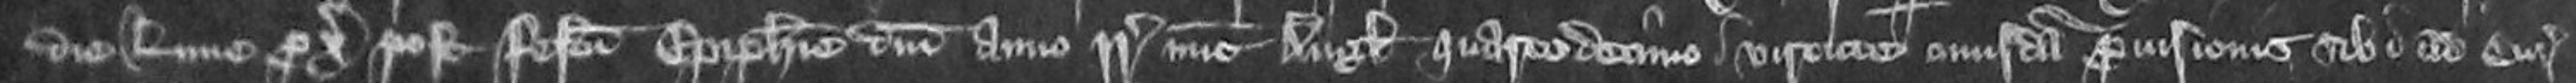
die Lune proximo post Festum Epiphanie Domini anno regni regis nunc Anglie quartodecimo virtute cuiusdam provisionis sibi ad Curiam